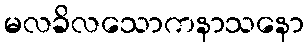
မလခိလသောကနာသနော